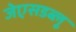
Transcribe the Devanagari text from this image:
जेएसडब्लू